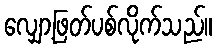
လျှော့ဖြတ်ပစ်လိုက်သည်။